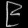
Digit: ၉